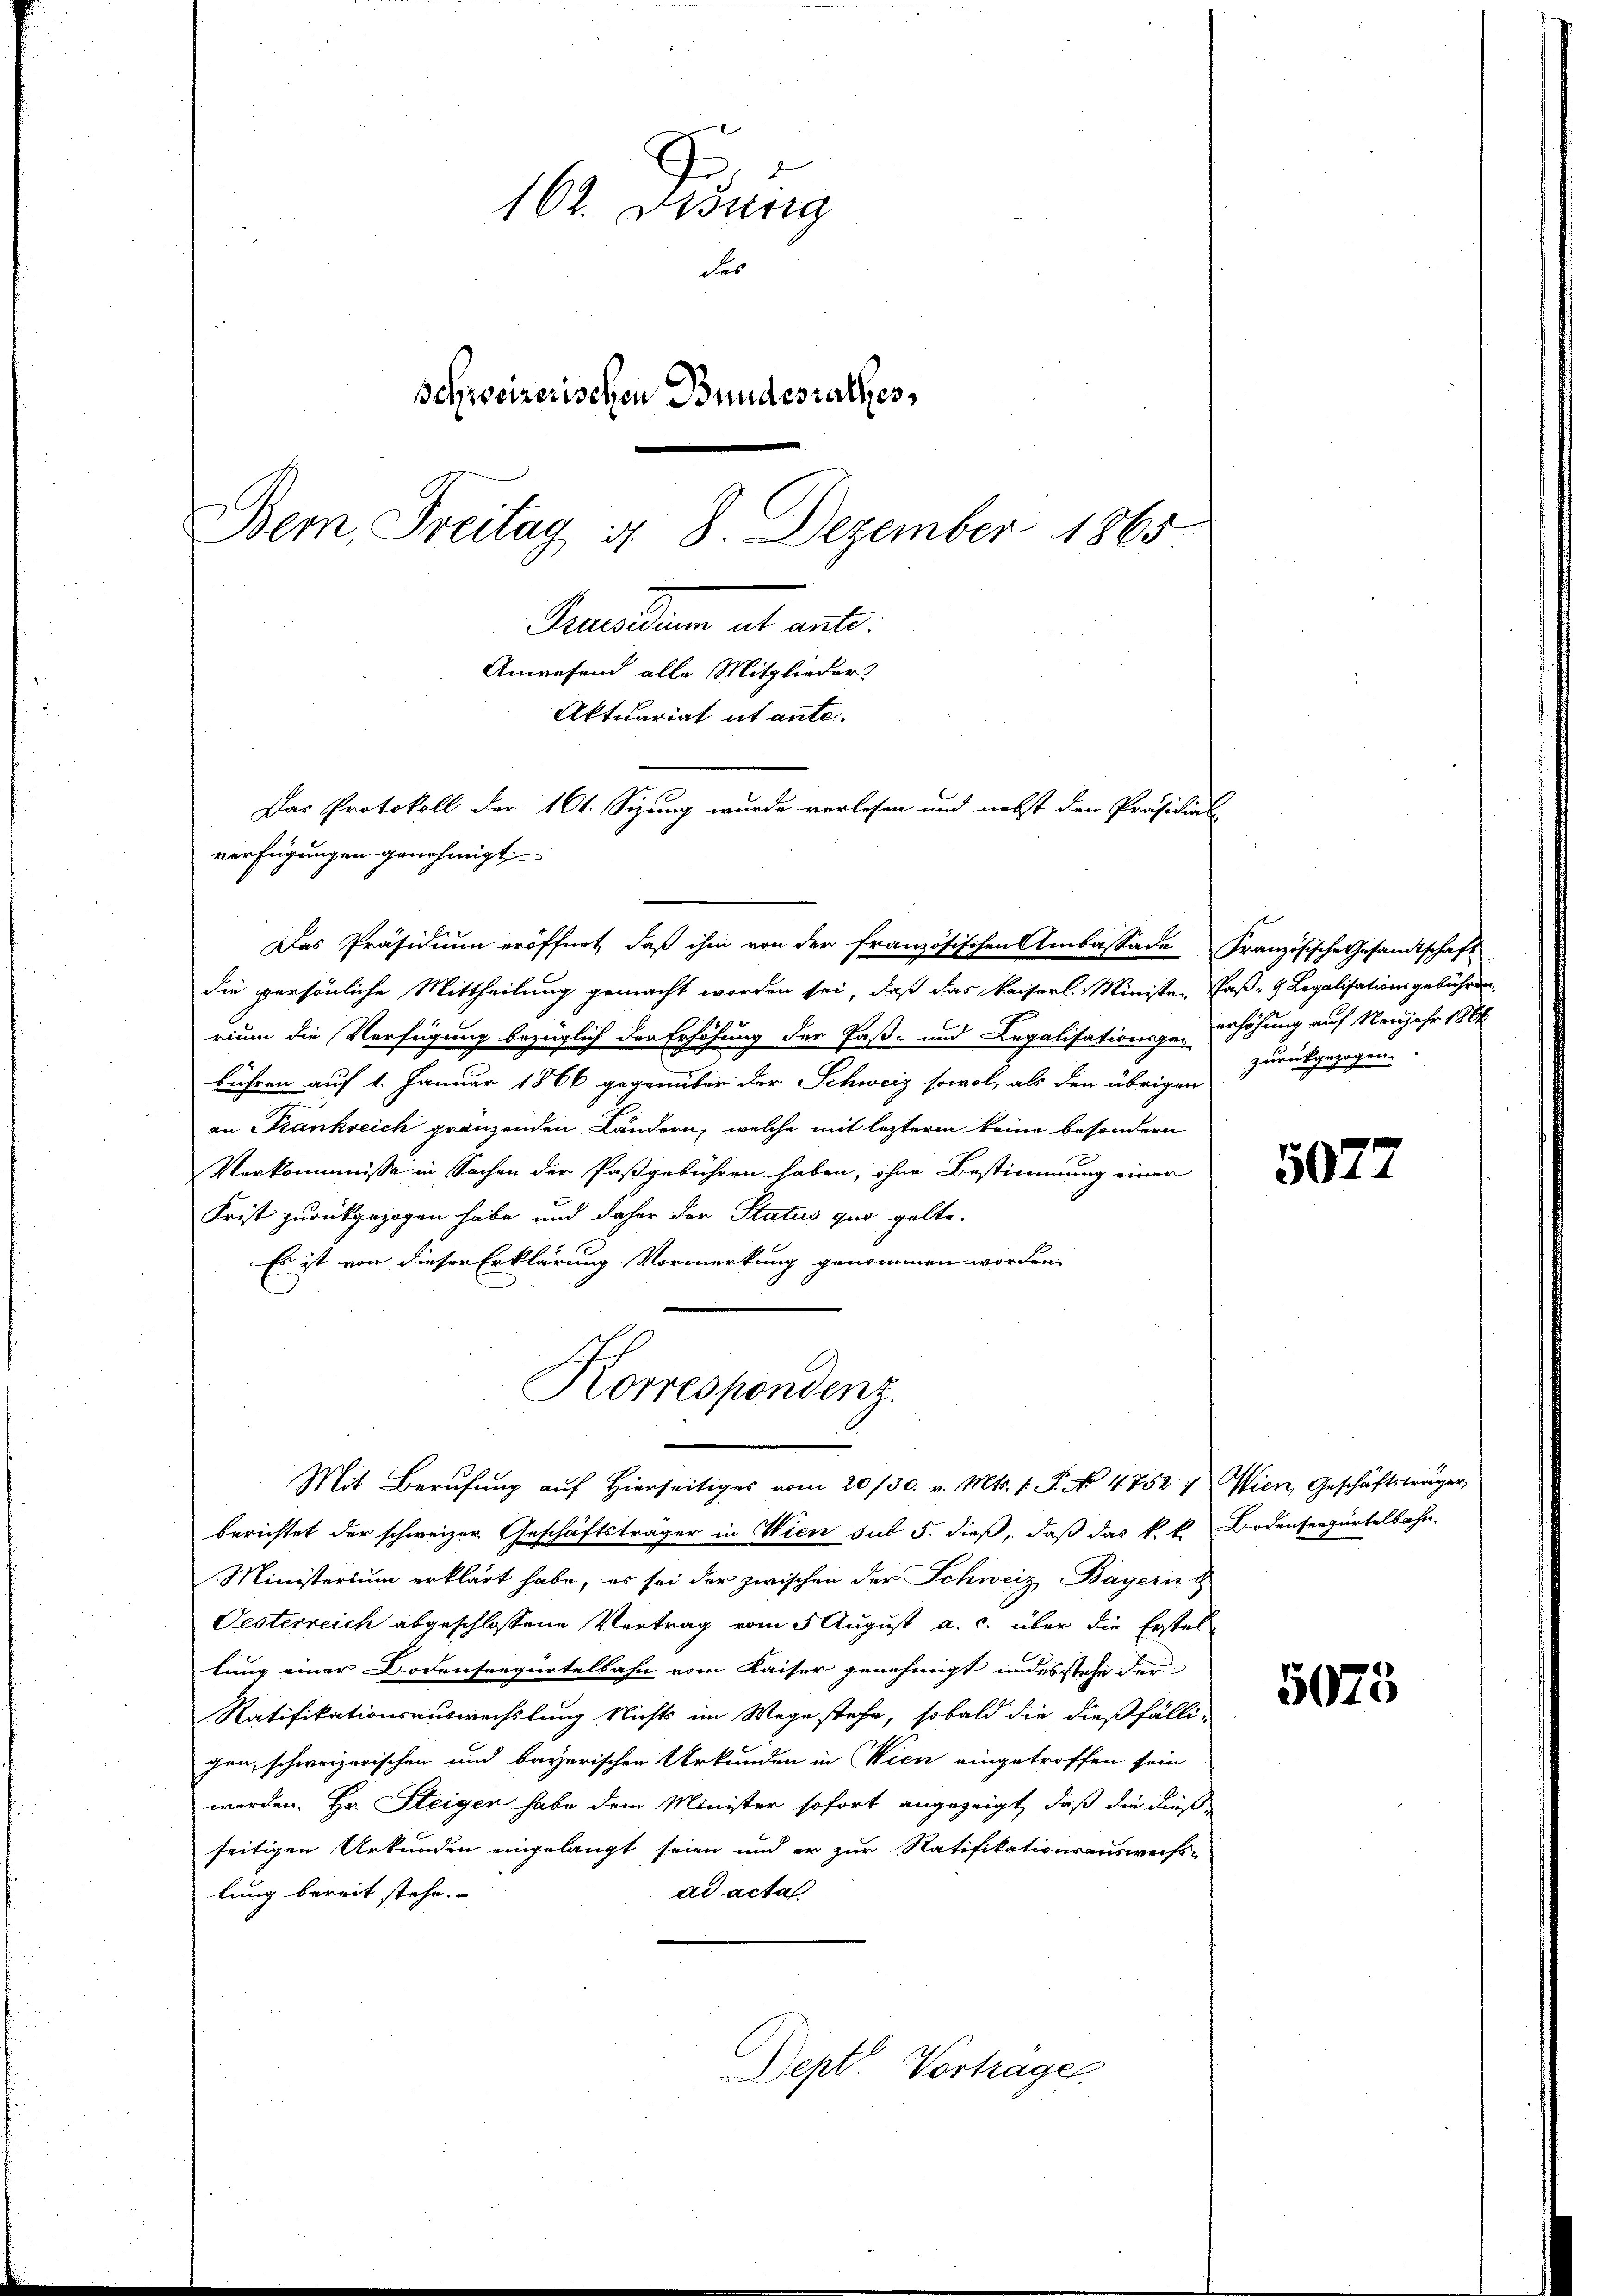
162. Didung
des
schweizerischen Bundesrathes,
Bem, Freitag d. 8. Dezember 1865
Preellen als einl
Anwesend alle Mitglieder
Aktuariat ut ante.
Das Protokoll der 101. Sizung wurde verlesen und nebst der Präsidial
verfügungen genehmigt.

die persönliche Mittheilung gemacht worden sei, daß das Kaiserl. Ministen Paß- & Legalisationsgebühren
rium die Verfügung bezüglich der Erhöhung der Paß- und Legalisationsge- erhöhung auf Neujahr 1864
bühren auf 1. Januar 1866 gegenüber der Schweiz sowol, als den übrigen
an Frankreich gränzenden Ländern, welche mit leztere keine besondern
Verkommnisse in Sachen der Paßgebühren haben, ohne Bestimmung einer
Frist zurückgezogen habe und daher der Status quo gelte.
Es ist von dieser Erklärung Vormerkung genommen worden.
Mit Berufung auf hierseitiges vom 20./30. v. Mts. 1. P. No 4752)
berichtet der schweizer Geschäftsträger in Wien sub 5. dieß, daß das k. k.
Ministerium erklärt habe, es sei der zwischen der Schweiz Bayern
Oesterreich abgeschlossene Vertrag vom 5 August a. c. über die Erstel-
lung einer Bodenseegürtelbahn vom Kaiser genehmigt und es stehe der
Ratifikationsauswechslung Nichts im Wege stehe, sobald die dießfälli-
gen, schweizerischen und bayerischen Urkunden in Wien eingetroffen sein
werden. Hr. Steiger habe dem Minister sofort angezeigt, daß die dieß
seitigen Urkunden eingelangt seien und er zur Ratifikationsauswechs-
ad acta
lung bereit stehe.
Nept. Vortragen.

Das Präsidiŭm eröffnet, daβ ihm von der französischen Ambassade Französische Gesandtschaft

Korrespondenz.

zurückgezogen.

5072

Wien, Geschäftsträger,
Bodenseegürtelbahn.

5075